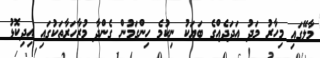
މާލޭގައި މިހާރު މަދު އަދަދެއްގެ ބަޔަކު ނިކުމެ ހިންގަމުން ގެންދާ މުޒާހަރާތަކުގައި އިދިކޮޅު